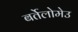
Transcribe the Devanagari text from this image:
बर्तेलोमेउ